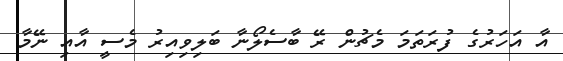
އާ އަހަރުގެ ފުރަތަމަ މެޗުން ރޭ ބާސެލޯނާ ބަލިވިއިރު މެސީ އާއި ނޭމާ